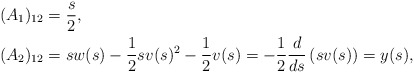
\begin{align*}&(A_1)_{12} =\frac{s}{2}, \\&(A_2)_{12} = s w(s) -\frac{1}{2} s v(s)^2-\frac{1}{2}v(s) = -\frac{1}{2}\frac{d}{ds}\left(s v(s) \right)=y(s), \end{align*}